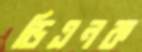
ডিএনক